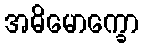
အဓိမောက္ခော